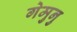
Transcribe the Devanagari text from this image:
गेमुनु